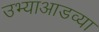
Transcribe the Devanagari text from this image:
उभ्याआडव्या